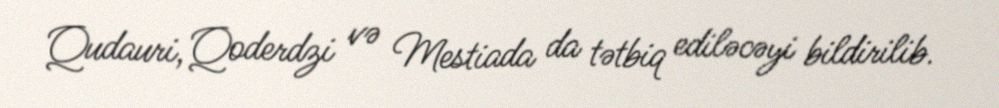
Qudauri, Qoderdzi və Mestiada da tətbiq ediləcəyi bildirilib.